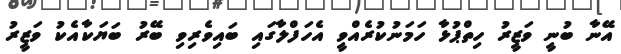
އޭނާ ބުނީ ވަޒީރު ހިތްޕުޅާ ހަމަނުކުރެއްވީ އެހަފްލާގައި ބައިވެރިވި ބޭރު ބަޔަކާއެކު ވަޒީރު